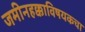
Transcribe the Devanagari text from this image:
जमीनहक्काविषयकचा